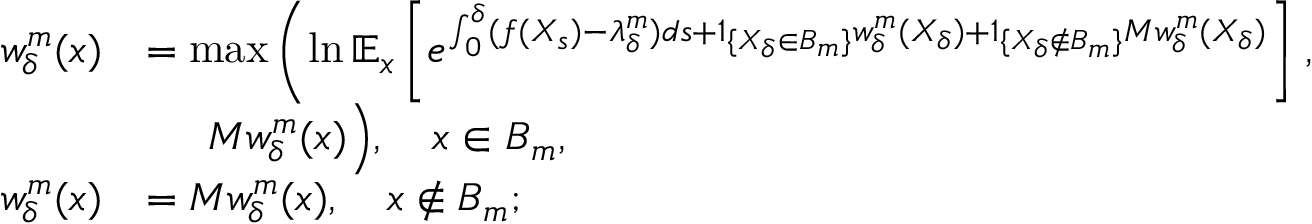
\begin{array} { r l } { w _ { \delta } ^ { m } ( x ) } & { = \operatorname* { m a x } \left( \ln \mathbb { E } _ { x } \left[ e ^ { \int _ { 0 } ^ { \delta } ( f ( X _ { s } ) - \lambda _ { \delta } ^ { m } ) d s + 1 _ { \{ X _ { \delta } \in B _ { m } \} } w _ { \delta } ^ { m } ( X _ { \delta } ) + 1 _ { \{ X _ { \delta } \notin B _ { m } \} } M w _ { \delta } ^ { m } ( X _ { \delta } ) } \right] \right. , } \\ & { \phantom { = = } M w _ { \delta } ^ { m } ( x ) \Big ) , \quad x \in B _ { m } , } \\ { w _ { \delta } ^ { m } ( x ) } & { = M w _ { \delta } ^ { m } ( x ) , \quad x \notin B _ { m } ; } \end{array}